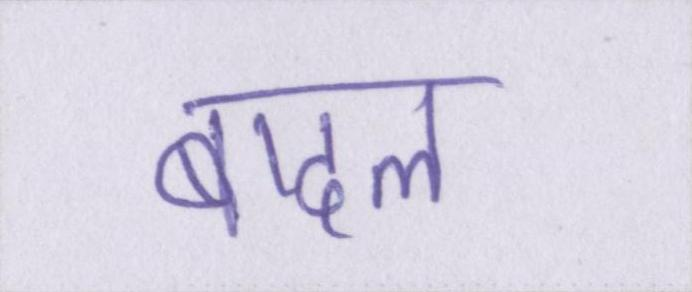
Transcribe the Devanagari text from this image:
बादल